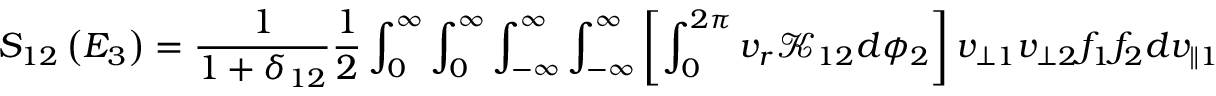
S _ { 1 2 } \left( E _ { 3 } \right) = \frac { 1 } { 1 + \delta _ { 1 2 } } \frac { 1 } { 2 } \int _ { 0 } ^ { \infty } \int _ { 0 } ^ { \infty } \int _ { - \infty } ^ { \infty } \int _ { - \infty } ^ { \infty } \left[ \int _ { 0 } ^ { 2 \pi } v _ { r } \mathcal { K } _ { 1 2 } d \phi _ { 2 } \right] v _ { \perp 1 } v _ { \perp 2 } f _ { 1 } f _ { 2 } d v _ { \parallel 1 } d v _ { \parallel 2 } d v _ { \perp 1 } d v _ { \perp 2 } ,